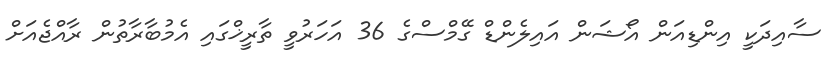
ސާއިދަކީ އިންޑިއަން އޯޝަން އައިލެންޑް ގޭމްސްގެ 36 އަހަރުވީ ތާރީޚްގައި އެމުބާރާތުން ރާއްޖެއަށް